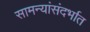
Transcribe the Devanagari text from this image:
सामन्यांसंदर्भात